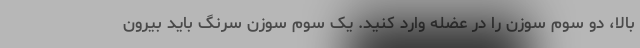
بالا، دو سوم سوزن را در عضله وارد کنید. یک سوم سوزن سرنگ باید بیرون